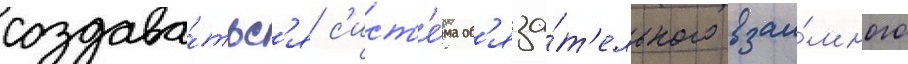
создава́тьс'я с'ист'е́ма об'яза́т'ельного взаи́много